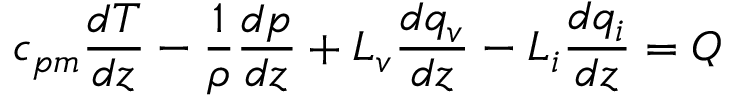
c _ { p m } \frac { d T } { d z } - \frac { 1 } { \rho } \frac { d p } { d z } + L _ { v } \frac { d q _ { v } } { d z } - L _ { i } \frac { d q _ { i } } { d z } = Q